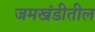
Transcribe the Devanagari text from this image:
जमखंडीतील